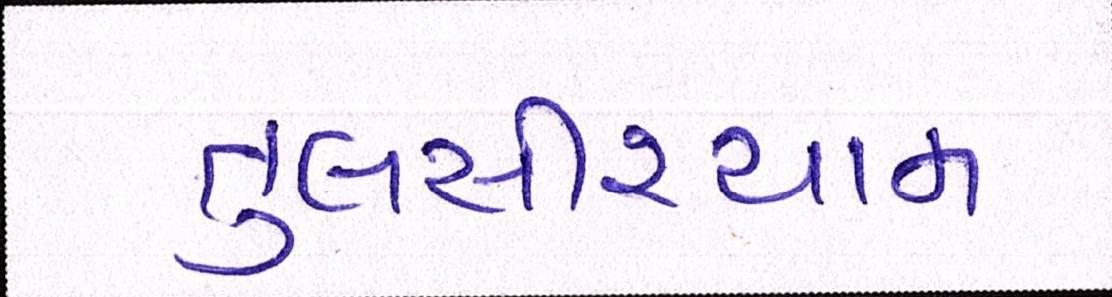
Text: તુલસીશ્યામ